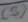
Text: (3)